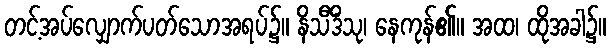
တင့်အပ်လျှောက်ပတ်သောအရပ်၌။ နိသီဒိံသု၊ နေကုန်၏။ အထ၊ ထိုအခါ၌။